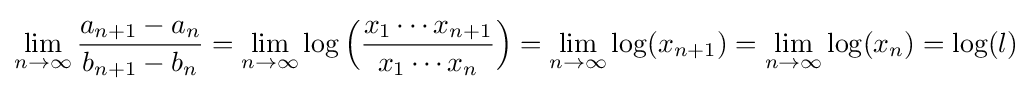
\lim _{n\to \infty }{\frac {a_{n+1}-a_{n}}{b_{n+1}-b_{n}}}=\lim _{n\to \infty }\log {\Big (}{\frac {x_{1}\cdots x_{n+1}}{x_{1}\cdots x_{n}}}{\Big )}=\lim _{n\to \infty }\log(x_{n+1})=\lim _{n\to \infty }\log(x_{n})=\log(l)